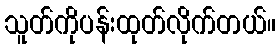
သူတ်ကိုပန်းထုတ်လိုက်တယ်။